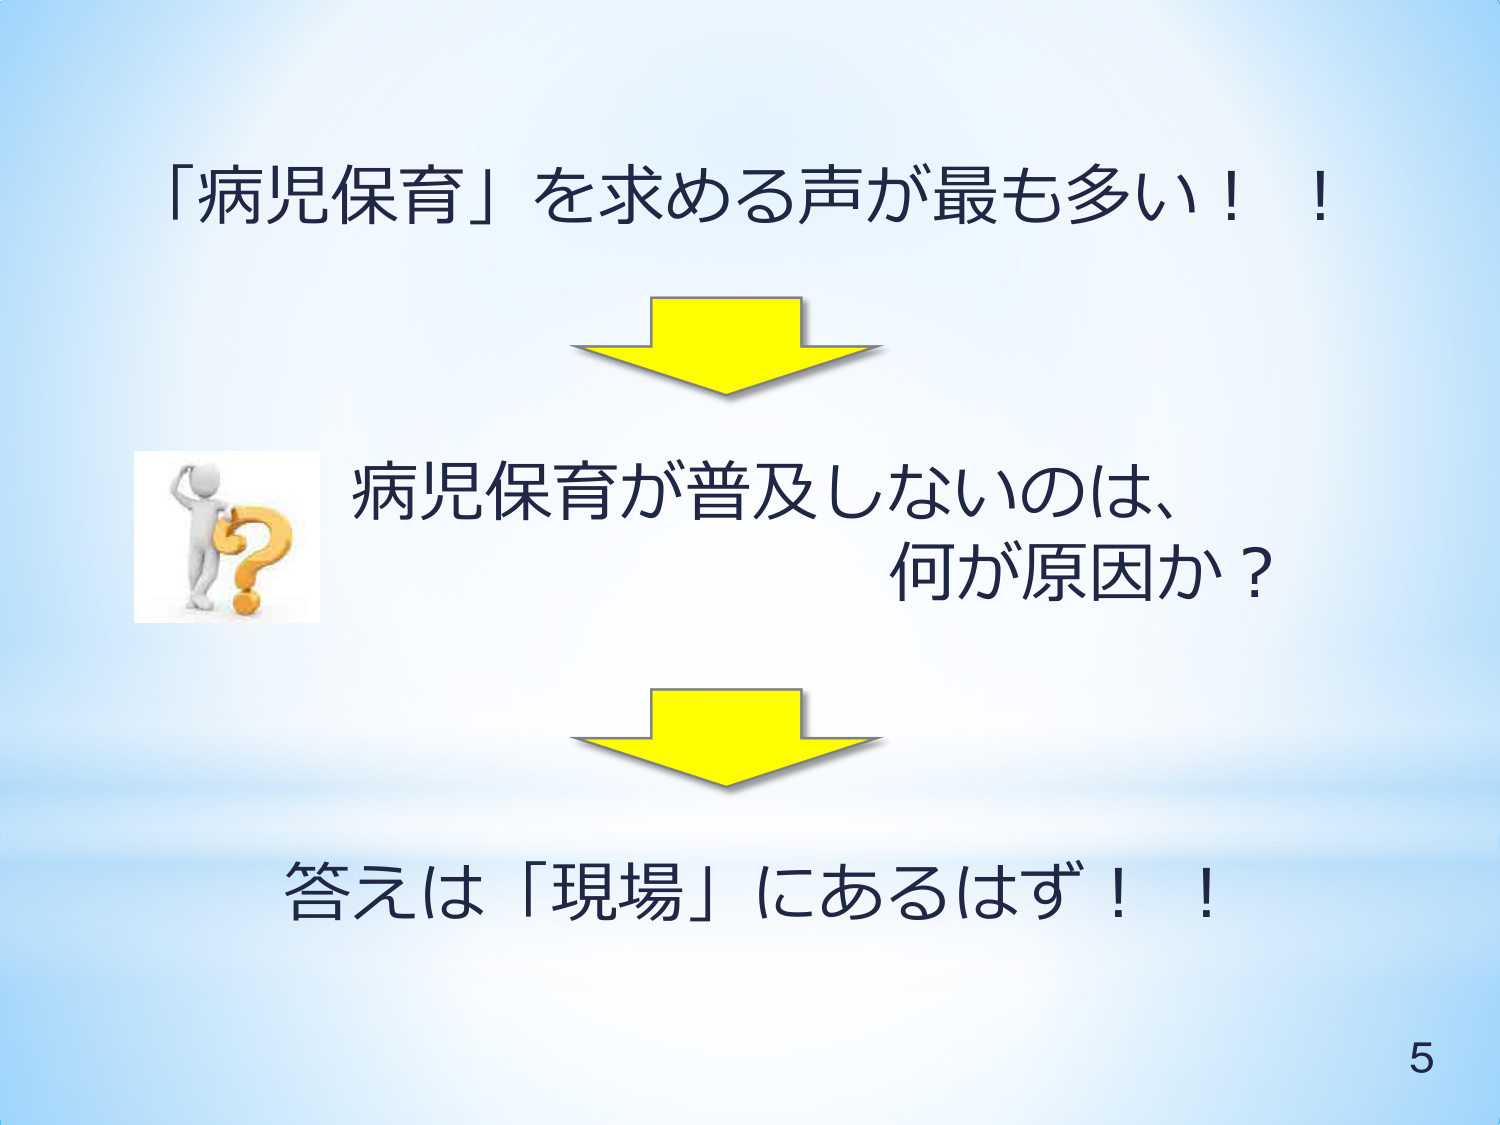
「病児保育」を求める声が最も多い！！
病児保育が普及しないのは、
何が原因か？
答えは「現場」にあるはず！！
5